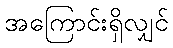
အကြောင်းရှိလျှင်